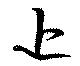
近